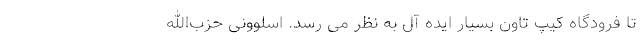
تا فرودگاه کیپ تاون بسیار ایده آل به نظر می رسد. اسلوونی حزب‌الله